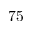
7 5